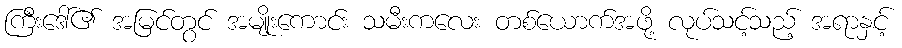
ကြီးဒေါ်၏ အမြင်တွင် အမျိုးကောင်း သမီးကလေး တစ်ယောက်အဖို့ လုပ်သင့်သည့် အရာနှင့်